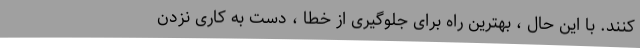
کنند. با این حال ، بهترین راه برای جلوگیری از خطا ، دست به کاری نزدن